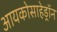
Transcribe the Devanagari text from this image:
आयकोसाहेड्रॉन